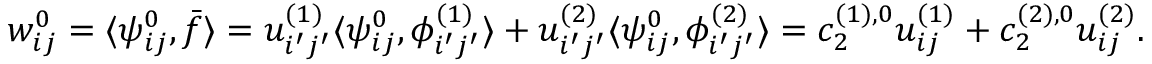
w _ { i j } ^ { 0 } = \langle \psi _ { i j } ^ { 0 } , \bar { f } \rangle = u _ { i ^ { \prime } j ^ { \prime } } ^ { ( 1 ) } \langle \psi _ { i j } ^ { 0 } , \phi _ { i ^ { \prime } j ^ { \prime } } ^ { ( 1 ) } \rangle + u _ { i ^ { \prime } j ^ { \prime } } ^ { ( 2 ) } \langle \psi _ { i j } ^ { 0 } , \phi _ { i ^ { \prime } j ^ { \prime } } ^ { ( 2 ) } \rangle = c _ { 2 } ^ { ( 1 ) , 0 } u _ { i j } ^ { ( 1 ) } + c _ { 2 } ^ { ( 2 ) , 0 } u _ { i j } ^ { ( 2 ) } .